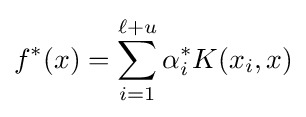
f^{*}(x)=\sum _{i=1}^{\ell +u}\alpha _{i}^{*}K(x_{i},x)